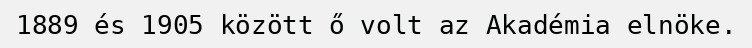
1889 és 1905 között ő volt az Akadémia elnöke.